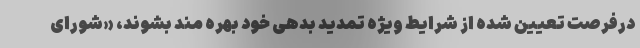
درفرصت تعیین شده از شرایط ویژه تمدید بدهی خود بهره مند بشوند، «شورای